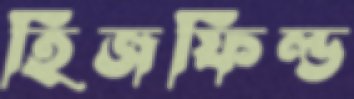
হিজফিল্ড